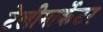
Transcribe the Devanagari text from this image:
टेलीमार्केटर